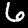
Label: 6